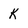
Character: K